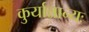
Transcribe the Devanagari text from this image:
कुर्यान्नान्यः